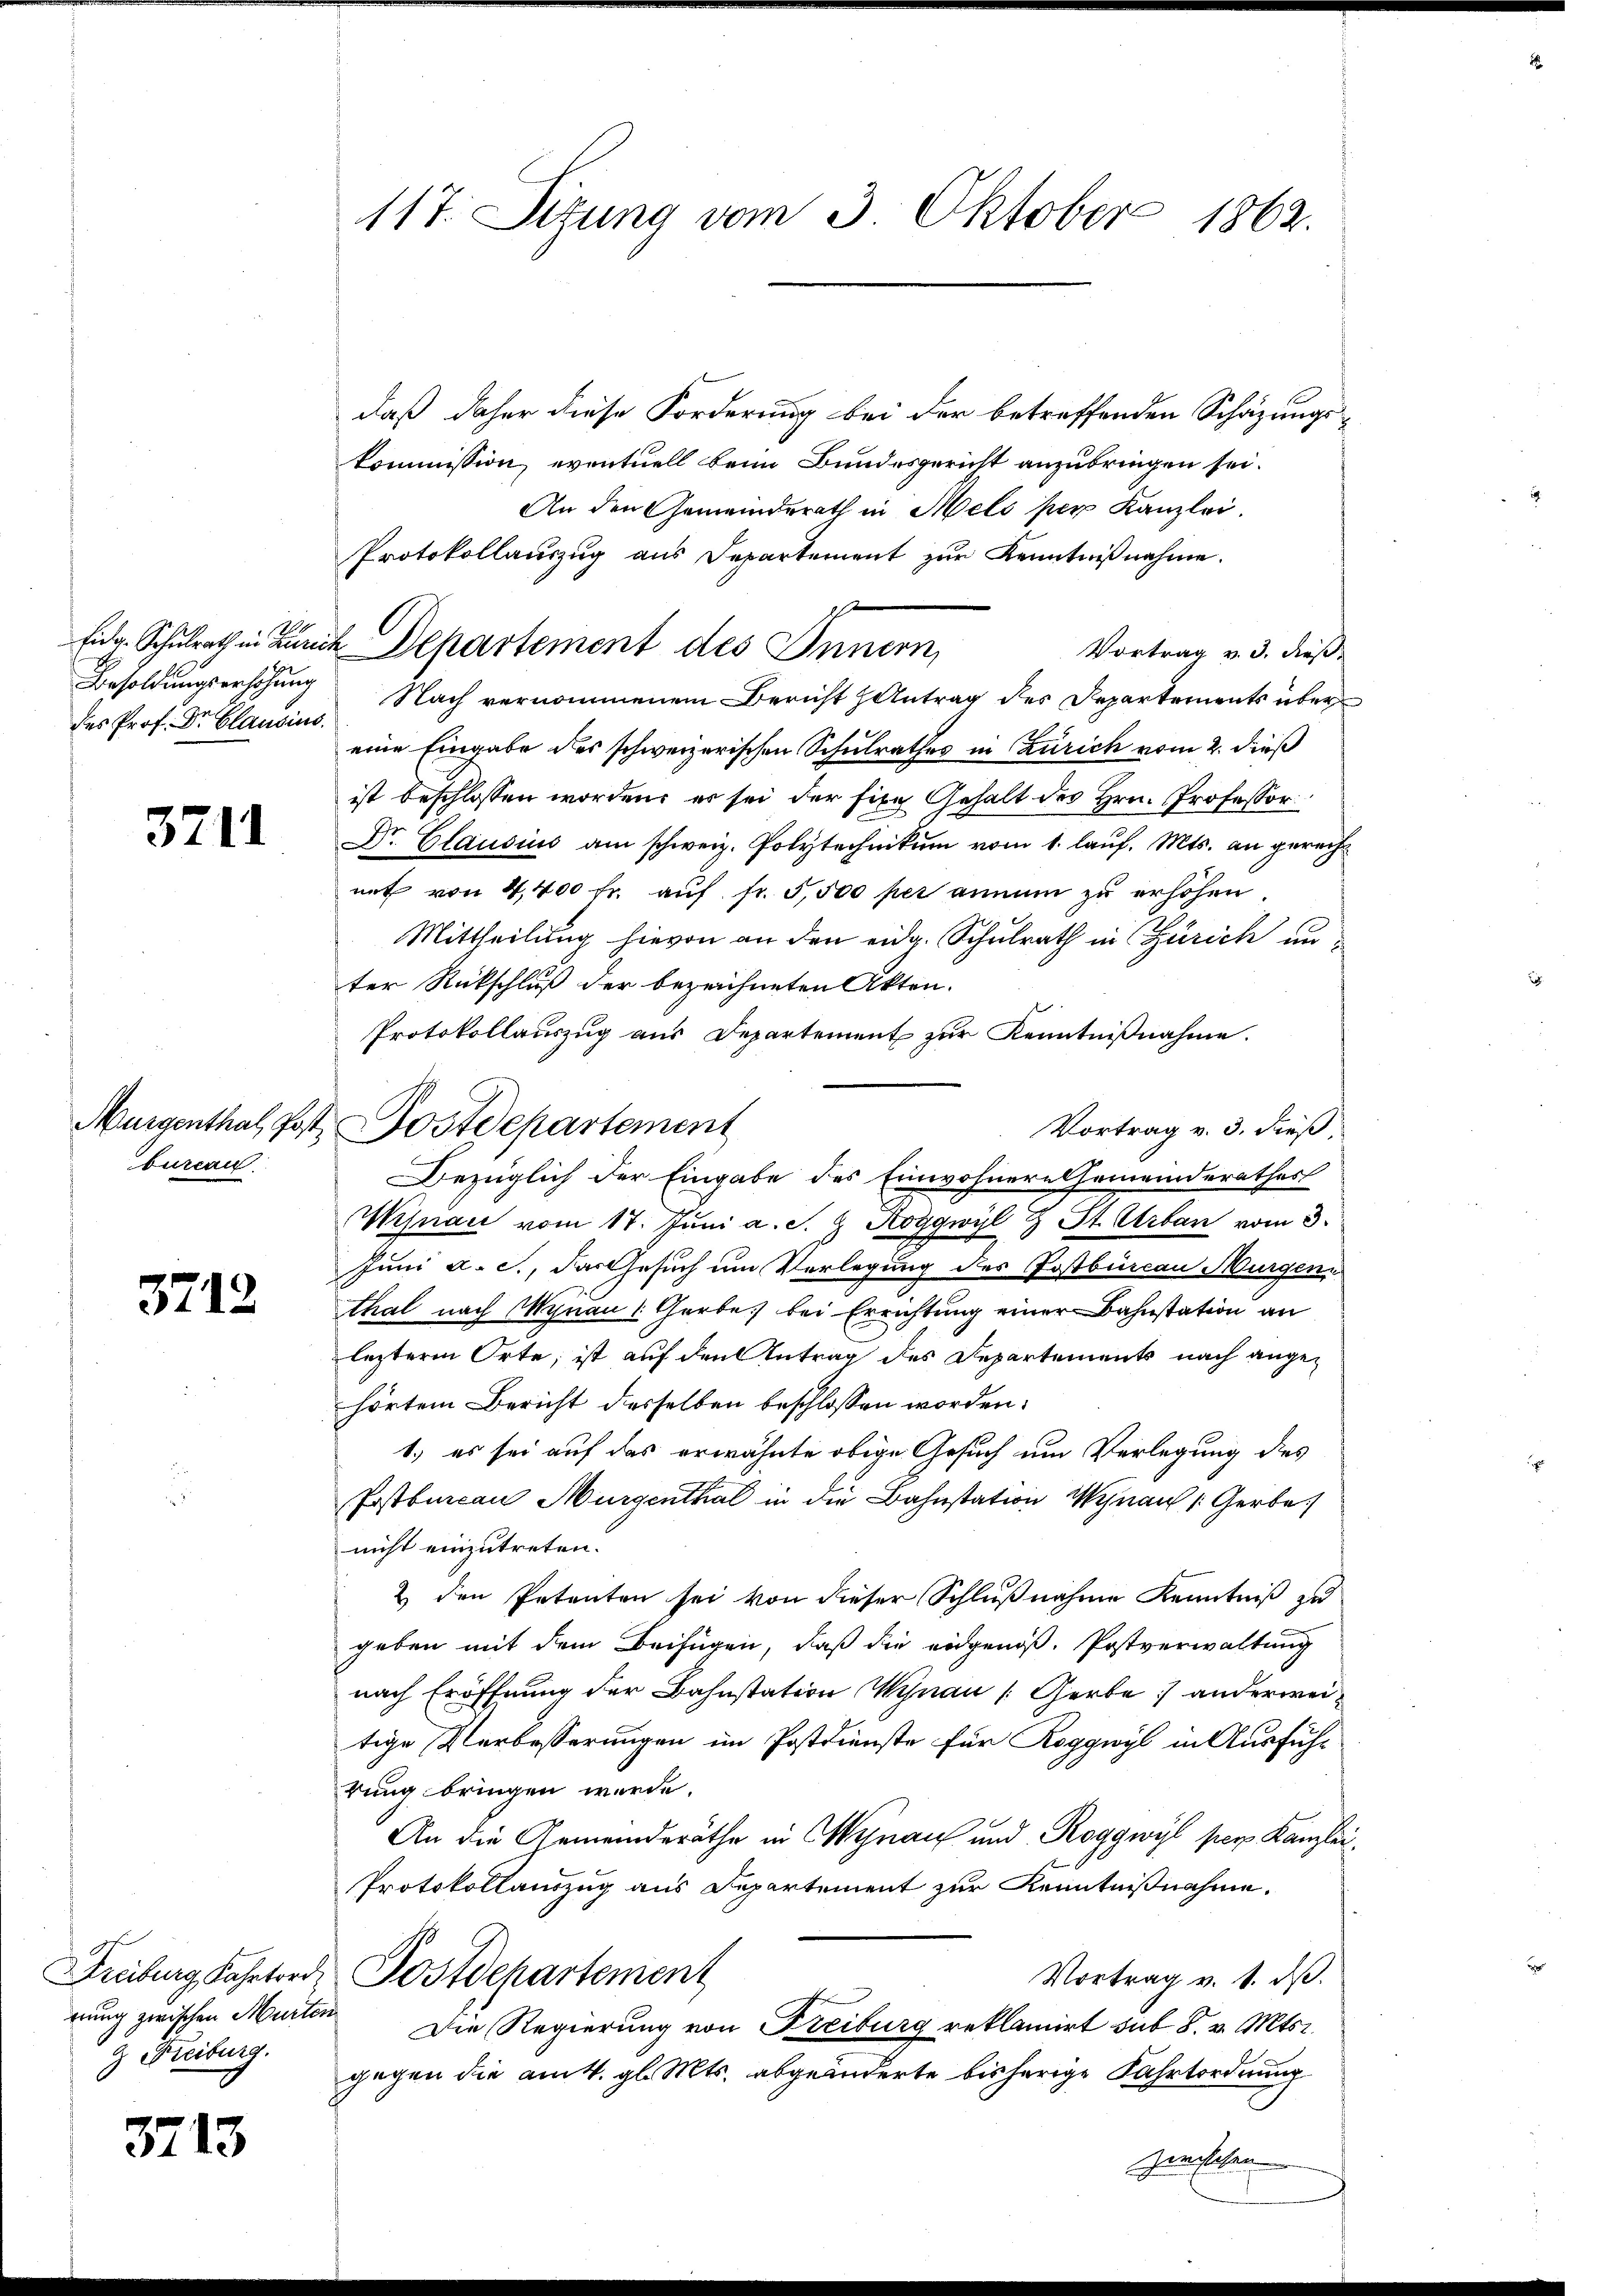
des Prof. Dr. Clausins

3711

burcan

3712

rrung zwischen Murten
& Freiburg.

3713

117. Sitzung vom 3. Oktober 1862.

fic. Schulrath in Zürich Departement des Innern,

daß daher diese Forderung bei der betreffenden Schäzungs-
kommission, eventuell beim Bundesgericht anzubringen sei.
An den Gemeinderath in Melo per Kanzlei.
Protokollauszug aus Departement zŭr Kenntnißnahme.
Vortrag v. 3. dieß¬
Besoldungserhöhung Nach vernommenem Bericht Antrag des Departements über
eine Eingabe des schweizerischen Schulrathes in Zürich vom 2. dieß
ist beschlossen worden, er sei der fixe Gehalt des Hrn. Professor
Dr. Glausius am schweiz. Polytechnikum vom 1. lauf. Mts. an gerechnit von 4,400 fr. aŭf fr. 5,500 per annum zu erhöhen.
Mittheilung hievon an den eidg. Schulrath in Zürich unter Rückschluß der bezeichneten Akten.
Protokollauszug aus Departement zur Kenntnißnahme.
Vortrag v. 3. dieß,
Bezüglich der Eingabe des Einwohnere Gemeinderathes
Wisnau vom 17. Juni a. S. G. Roggwyl & St. Urban vom 3.
Juni a. c., das Gesuch um Verlegung des Postburcau Murgen
thal nach Mynau 1 Garbe bei Errichtung einer Bahnstation an
lezterm Orte, ist auf den Antrag des Departements nach angehörten Bericht desselben beschlossen worden.
1.) es sei auf das erwähnte obige Gesuch um Verlegung des
Erstburcan Murgenthal in die Bahnstation Wynau 1 Gerbe
nicht einzutreten.
2 den Petenten sei von dieser Schlußnahme Kenntniß zu
geben mit dem Beifügen, daß die eidgenoß. Postverwaltung
nach Eröffnung der Bahnstation Wynau (Gerbe anderweitige Verbesserungen im Postdienste für Roggwyl in Ausführung bringen werde.
An die Gemeinderäthe in Kynau und Roggwyl per Kanzlei.
Protokollauszug aus Departement zur Kenntnißnahme.
Freiburg Fahrtord, Postdepartement
Vortrag v. 1. dβ.
Die Regierung von Freiburg reklamirt sub 8. v. Mts.
gegen die am 4. gl. Mts. abgeänderte bisherige Fahrtordnung
Zwischen |

Mürgenthal, Post Postdepartement